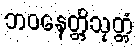
ဘဝနေတ္တိသုတ္တံ